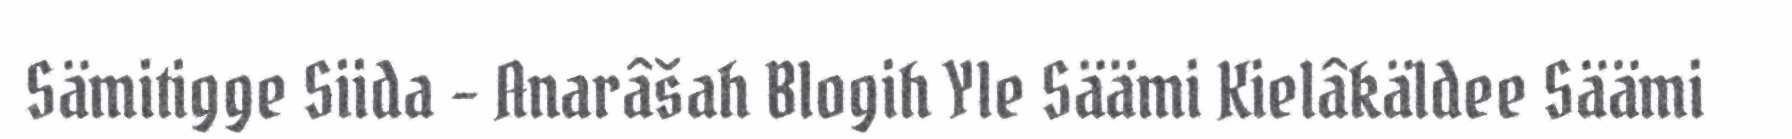
Sämitigge Siida – Anarâšah Blogih Yle Säämi Kielâkäldee Säämi